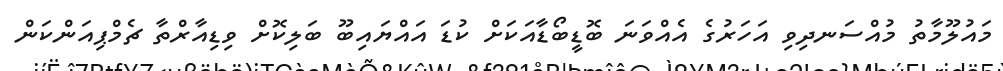
މައުލޫމާތު މުއްސަނދިވި އަހަރުގެ އެއްވަނަ ބޮޑީބޯޑާއަކަށް ކުޑަ އައްޔައިބޫ ބަލިކޮށް ވިޑިއާރްތާ ޗެމްޕިއަންކަން